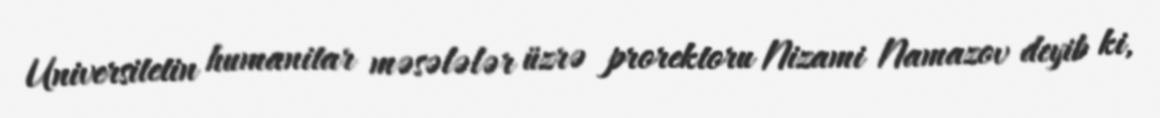
Universitetin humanitar məsələlər üzrə prorektoru Nizami Namazov deyib ki,